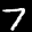
Label: 7